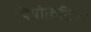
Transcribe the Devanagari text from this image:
थियोक्रेटिक